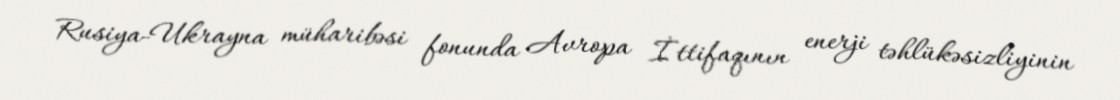
Rusiya-Ukrayna müharibəsi fonunda Avropa İttifaqının enerji təhlükəsizliyinin